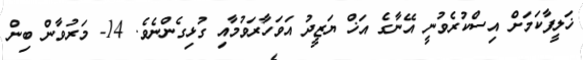
ޚަލީފާކަމަށް އިސްކުރެވުނީ އޭނާގެ އަޚް ޔަޒީދު އަވަހާރަވުމާއި ގުޅިގެންނެވެ. 14- މަރުވާން ބިން